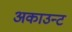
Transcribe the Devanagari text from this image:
अकाउन्ट